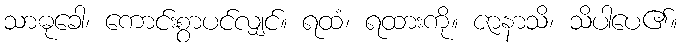
သာဓုခေါ၊ ကောင်းစွာပင်လျှင်။ ရထံ၊ ရထားကို။ ဇာနာသိ၊ သိပါပေ၏။